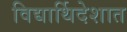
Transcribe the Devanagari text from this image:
विद्यार्थिदेशात